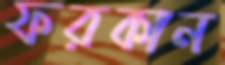
ফরকান